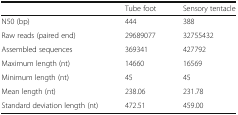
<table><thead><tr><td></td><td><b>Tube foot</b></td><td><b>Sensory tentacle</b></td></tr></thead><tbody><tr><td>N50 (bp)</td><td>444</td><td>388</td></tr><tr><td>Raw reads (paired end)</td><td>29689077</td><td>32755432</td></tr><tr><td>Assembled sequences</td><td>369341</td><td>427792</td></tr><tr><td>Maximum length (nt)</td><td>14660</td><td>16569</td></tr><tr><td>Minimum length (nt)</td><td>45</td><td>45</td></tr><tr><td>Mean length (nt)</td><td>238.06</td><td>231.78</td></tr><tr><td>Standard deviation length (nt)</td><td>472.51</td><td>459.00</td></tr></tbody></table>